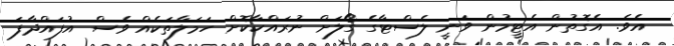
އެވެ. އެގޮތުން އެޓީމުން ވަނީ ލެސްޓާގެ ގޯލަށް ނުރައްކާކޮށް ހަމަލާތަކެއް ވެސް އުފައްދާފަ